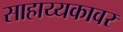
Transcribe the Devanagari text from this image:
साहाय्यकावर